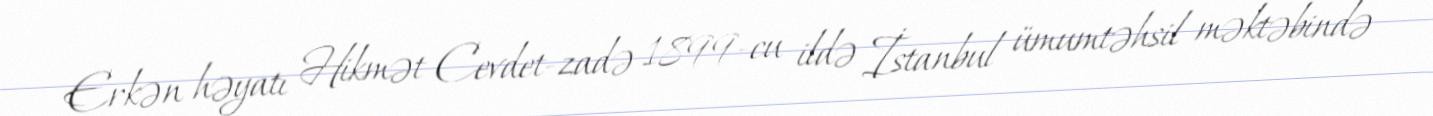
Erkən həyatı Hikmət Cevdet-zadə 1899-cu ildə İstanbul ümumtəhsil məktəbində